Annual statistical returns and brief notes on vaccination in Bengal - 1909-1929
Year: 1909
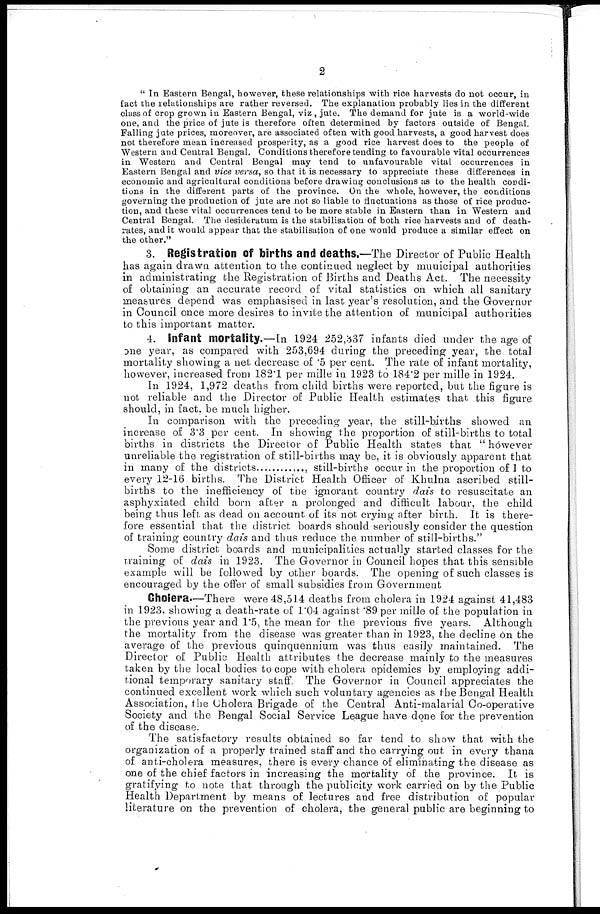
2
" In Eastern Bengal, however, these relationships with rice harvests do not occur, in
fact the relationships are rather reversed. The explanation probably lies in the different
class of crop grown in Eastern Bengal, viz , jute. The demand for jute is a world-wide
one, and the price of jute is therefore often determined by factors outside of Bengal.
Falling jute prices, moreover, are associated often with good harvests, a good harvest does
not therefore mean increased prosperity, as a good rice harvest does to the people of
Western and Central Bengal. Conditions therefore tending to favourable vital occurrences
in Western and Central Bengal may tend to unfavourable vital occurrences in
Eastern Bengal and vice versa, so that it is necessary to appreciate these differences in
economic and agricultural conditions before drawing conclusions as to the health condi-
tions in the different parts of the province. On the whole, however, the conditions
governing the production of jute are not so liable to fluctuations as those of rice produc-
tion, and these vital occurrences tend to be more stable in Eastern than in Western and
Central Bengal. The desideratum is the stabilisation of both rice harvests and of death-
rates, and it would appear that the stabilisation of one would produce a similar effect on
the other."
3. Registration of births and deaths.—The Director of Public Health
has again drawn attention to the continued neglect by municipal authorities
in administrating the Registration of Births and Deaths Act. The necessity
of obtaining an accurate record of vital statistics on which all sanitary
measures depend was emphasised in last year's resolution, and the Governor
in Council once more desires to invite the attention of municipal authorities
to this important matter.
4. Infant mortality.—In 1924 252,837 infants died under the age of
one year, as compared with 253,694 during the preceding year, the total
mortality showing a net decrease of .5 per cent. The rate of infant mortality,
however, increased from 182.1 per mille in 1923 to 184.2 per mille in 1924.
In 1924, 1,972 deaths from child births were reported, but the figure is
not reliable and the Director of Public Health estimates that this figure
should, in fact, be much higher.
In comparison with the preceding year, the still-births showed an
increase of 3.3 per cent. In showing the proportion of still-births to total
births in districts the Director of Public Health states that " however
unreliable the registration of still-births may be, it is obviously apparent that
in many of the districts............, still-births occur in the proportion of 1 to
every 12-16 births. The District Health Officer of Khulna ascribed still-
births to the inefficiency of the ignorant country dais to resuscitate an
asphyxiated child born after a prolonged and difficult labour, the child
being thus left as dead on account of its not crying after birth. It is there-
fore essential that the district boards should seriously consider the question
of training country dais and thus reduce the number of still-births."
Some district boards and municipalities actually started classes for the
training of dais in 1923. The Governor in Council hopes that this sensible
example will be followed by other boards. The opening of such classes is
encouraged by the offer of small subsidies from Government
Cholera.—There were 48,514 deaths from cholera in 1924 against 41,483
in 1923, showing a death-rate of 1.04 against .89 per mille of the population in
the previous year and 1.5, the mean for the previous five years. Although
the mortality from the disease was greater than in 1923, the decline on the
average of the previous quinquennium was thus easily maintained. The
Director of Public Health attributes the decrease mainly to the measures
taken by the local bodies to cope with cholera epidemics by employing addi-
tional temporary sanitary staff, The Governor in Council appreciates the
continued excellent work which such voluntary agencies as the Bengal Health
Association, the Cholera Brigade of the Central Anti-malarial Co-operative
Society and the Bengal Social Service League have done for the prevention
of the disease.
The satisfactory results obtained so far tend to show that with the
organization of a properly trained staff and the carrying out in every thana
of anti-cholera measures, there is every chance of eliminating the disease as
one of the chief factors in increasing the mortality of the province. It is
gratifying to note that through the publicity work carried on by the Public
Health Department by means of lectures and free distribution of popular
literature on the prevention of cholera, the general public are beginning to